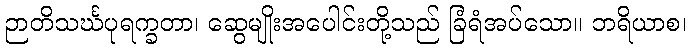
ဉာတိသင်္ဃပုရက္ခတာ၊ ဆွေမျိုးအပေါင်းတို့သည် ခြံရံအပ်သော။ ဘရိယာစ၊